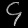
Digit: ၄